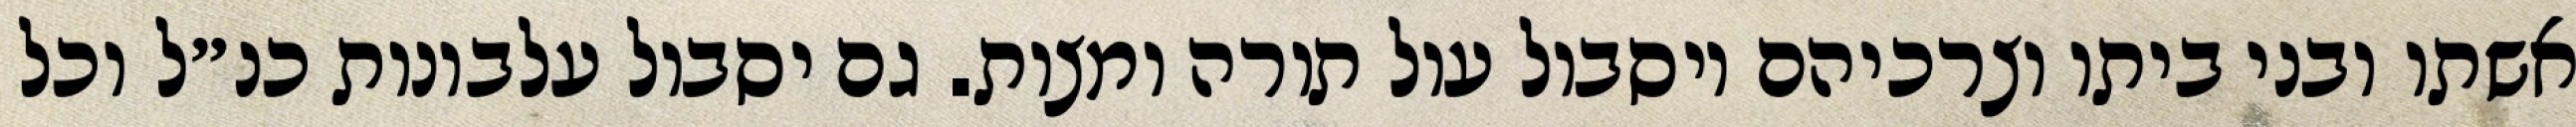
אשתו ובני ביתו וצרכיהם ויסבול עול תורה ומצות. גם יסבול עלבונות כנ״ל וכל